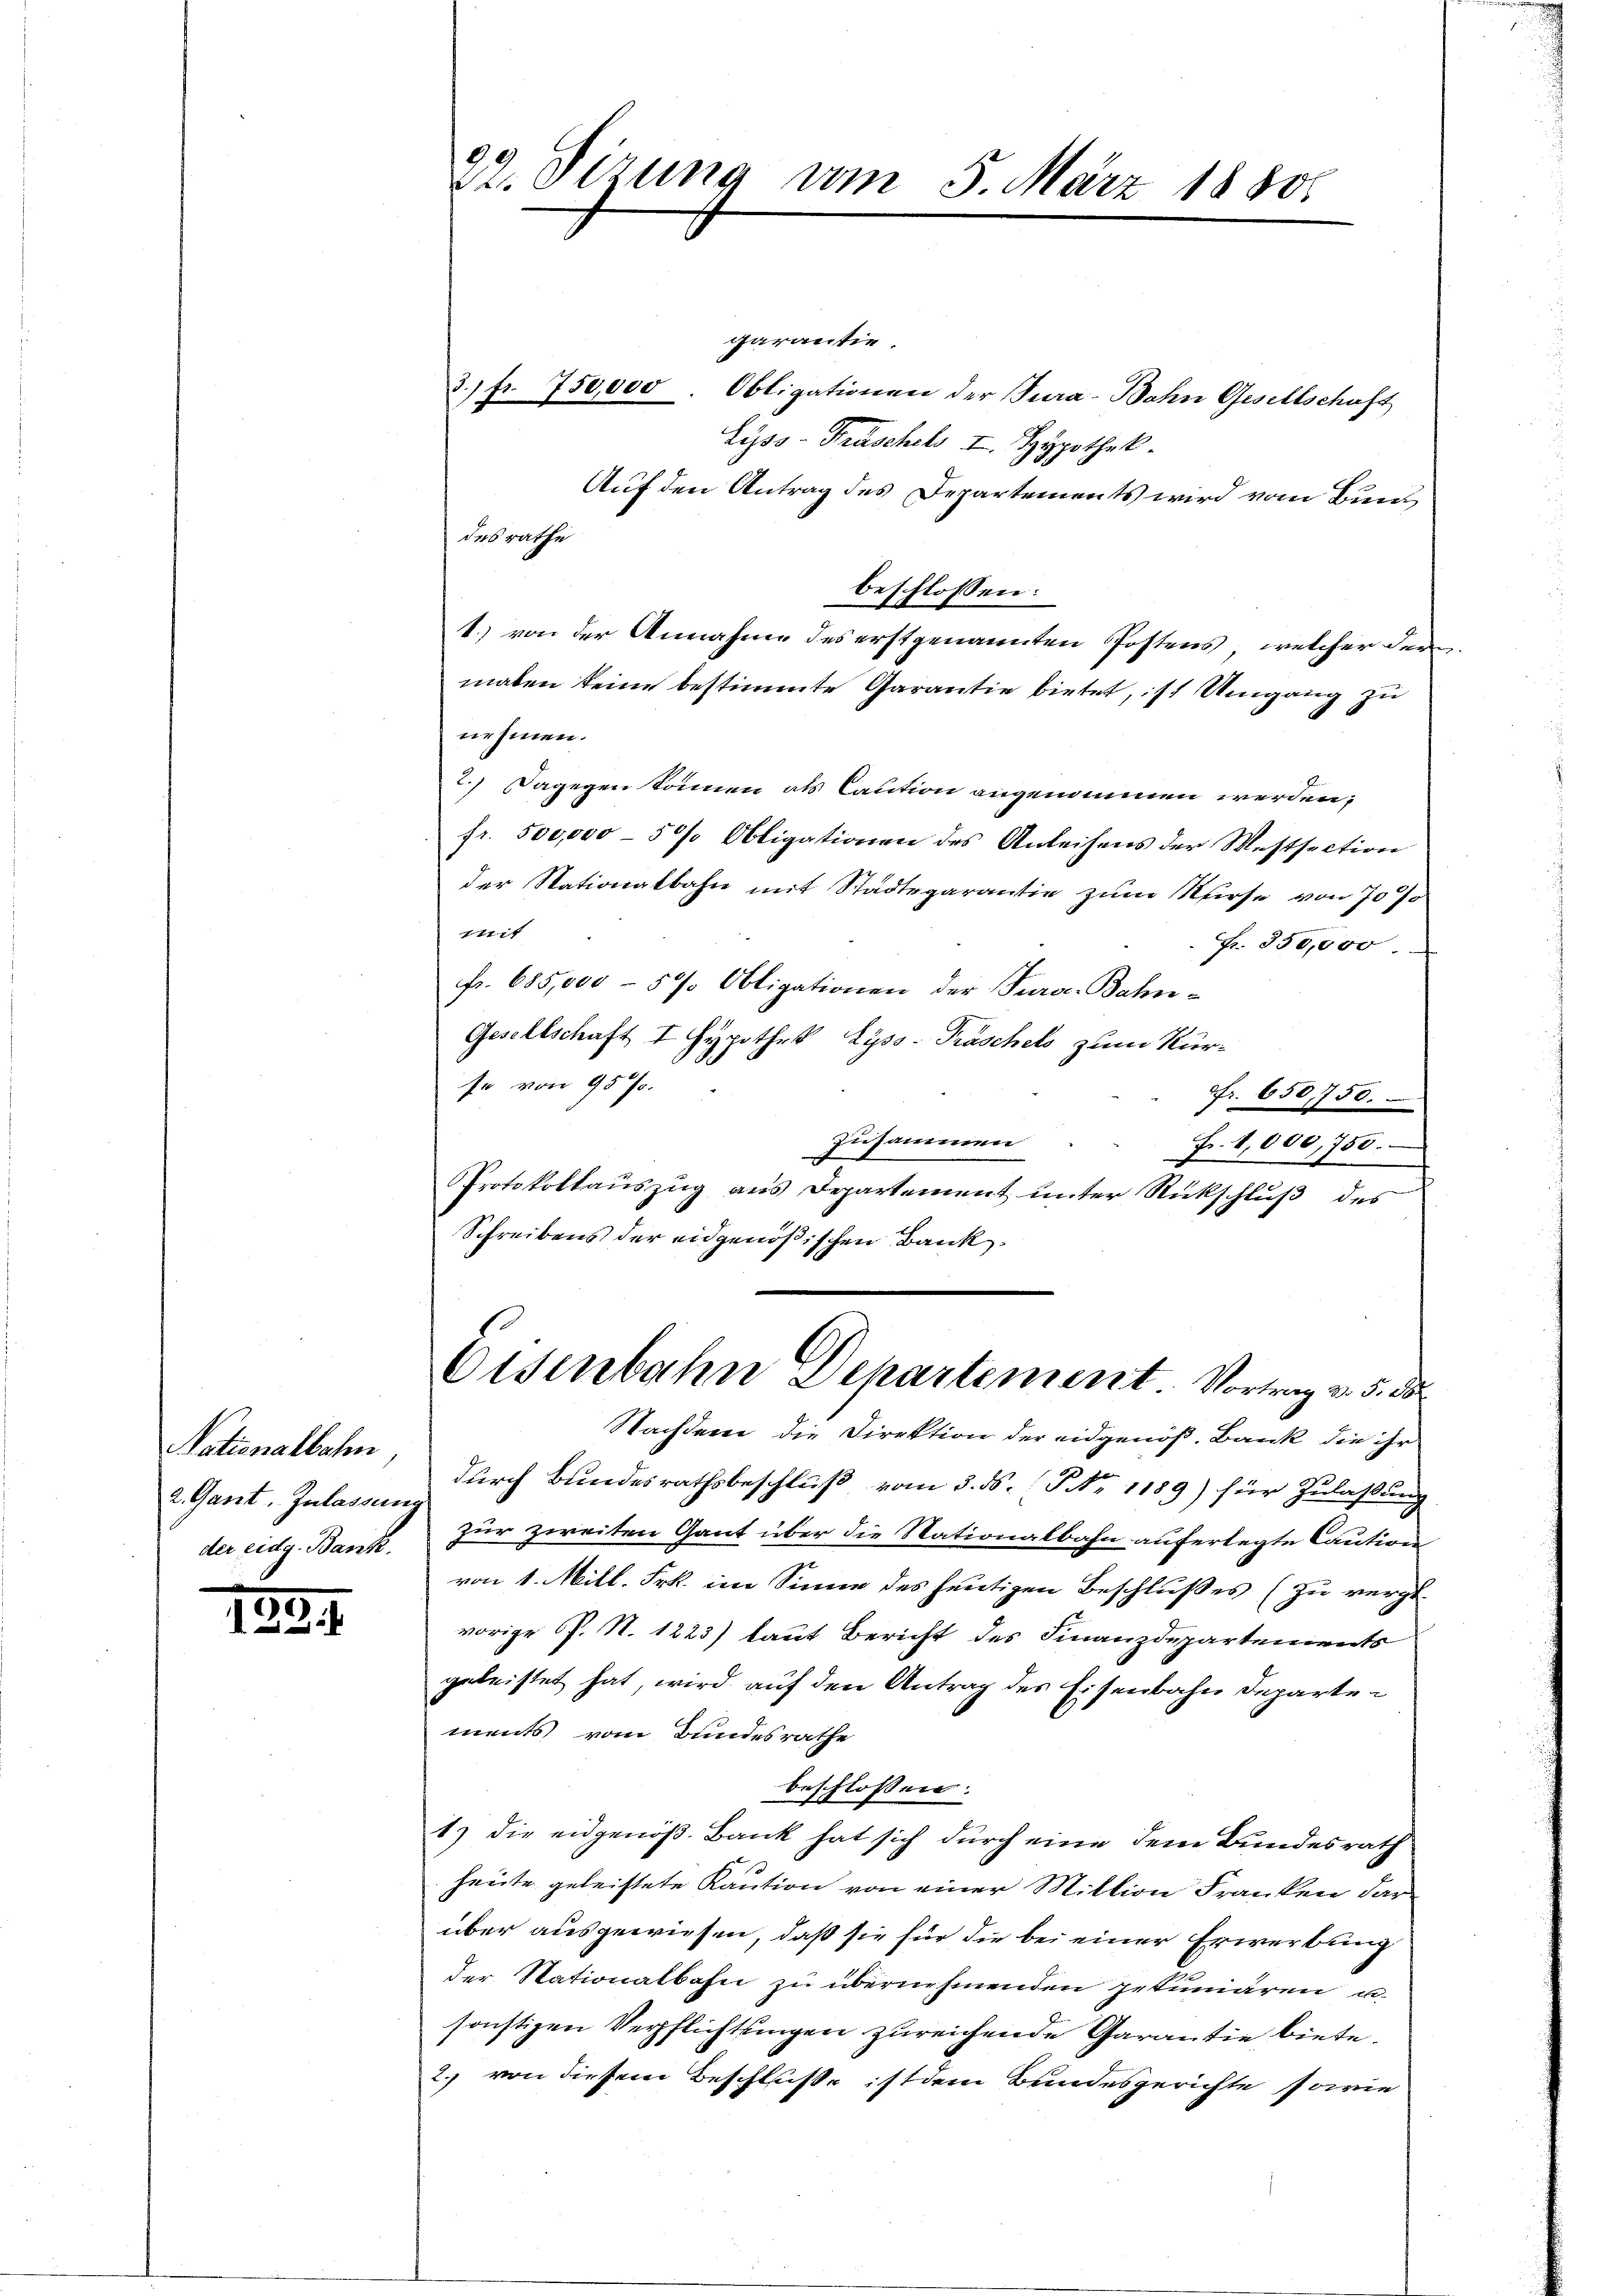
Nationalbahn
2. Gant. Zulassung
der eidg. Bank.

1254.

22. Dirung vom 5. März 1880

garantie.
3.) Fr. 750,000. Obligationen der Jura-Bahn Gesellschaft
Lyss-Früschel I. Hypothek.
Auf den Antrag des Departements wird vom Bund
des rathe
beschlossen:
1.) von der Annahme des erstgenannten Postens, welcher der
malen keine bestimmte Garantie bietet,ist Umgang zu
nehmen.
2.) Dagegen können als Caution angenommen werden,
fr. 500,000 - 5 % Obligationen des Anleihens der Mestsection
der Stationalbahn mit Städtegarantie zum Surse von 70 %
1741 f
Fr. 350,000
fr. 685,000 - 57 Obligationen der Jura-Bahn-
Gesellschaft I Hypothek Lyss-Traschels zum Kurse von 95 f.
Nr. 650,750.
zusammen
Fr. 1,000,750.
Protokollauszug aus Departement unter Rückschluß des
Schreibens der eidgenößischen Bank

Eisenbahn Departement Vortrag v. 5. de

Nachdem die Direktion der eidgenöß. Bank die ihr
durch Bundesrathsbeschluß vom 3. ds. No 1189) für Zulaßung
zur zweiten Gant über die Stationalbahn auferlegte Caution
von 1. Mill. Frk. im Sinne des heutigen Beschlußes (zu vergl.
vorige P. N. 1223) laut Bericht des Finanzdepartenwerts
geleistet hat, wird auf den Antrag des Eisenbahn Departements vom Bundesrathe
beschlossen:
1) die eidgenöß. Bank hat sich durch eine dem Bundesrath
heute geleistete Kaution von einer Mittion Franken darüber ausgewiesen, daß sie für die bei einer Erwerbung
der Nationalbahn zu übernehmenden getuniären u.
sonstigen Verpflichtungen zureichende Garantie biete.
2. von diesem Beschluße ist dem Bundesgerichte sowie